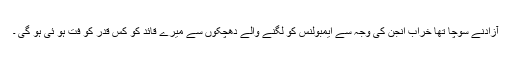
آزادنے سوچا تھا خراب انجن کی وجہ سے ایمبولنس کو لگنے والے دھچکوں سے میرے قائد کو کس قدر کو فت ہو ئی ہو گی ۔